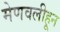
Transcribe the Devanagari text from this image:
मेणवलीहून